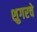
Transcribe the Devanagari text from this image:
शुगरचे